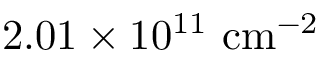
2 . 0 1 \times 1 0 ^ { 1 1 } ~ \mathrm { { c m } ^ { - 2 } }